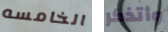
الخامسه وأتذكر